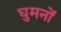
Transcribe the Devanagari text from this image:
घुमनों